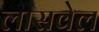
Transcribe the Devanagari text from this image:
लासवेल